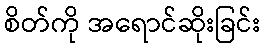
စိတ်ကို အရောင်ဆိုးခြင်း